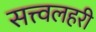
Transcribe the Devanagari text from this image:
सत्त्वलहरी